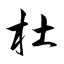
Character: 杜